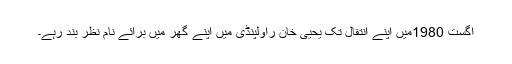
اگست 1980میں اپنے انتقال تک یحییٰ خان راولپنڈی میں اپنے گھر میں برائے نام نظر بند رہے۔